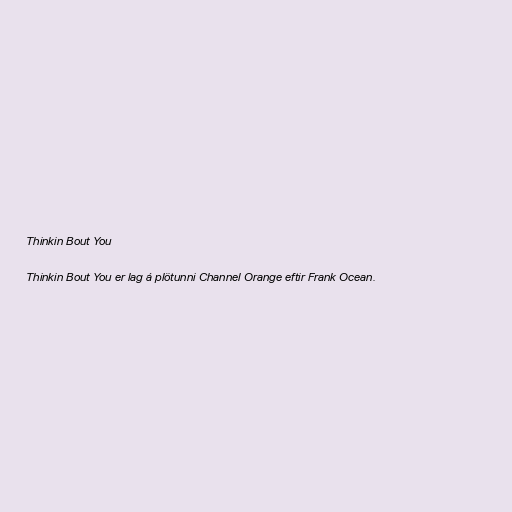
Thinkin Bout You

Thinkin Bout You er lag á plötunni Channel Orange eftir Frank Ocean.